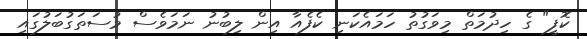
ކޮފީ" ގެ ހިދުމަތް މިވަގުތު ހަމައެކަނި ކެފެއާ އިން ލިބުނު ނަމަވެސް މުސަތަގުބަލުގައި